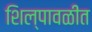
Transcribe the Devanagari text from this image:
शिल्पावळीत